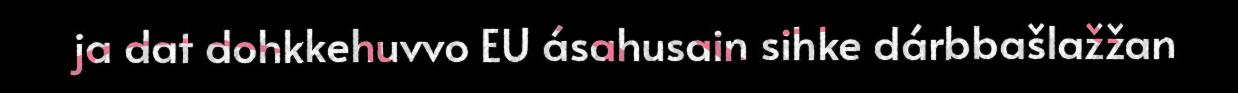
ja dat dohkkehuvvo EU ásahusain sihke dárbbašlažžan